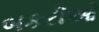
બકરીઓ